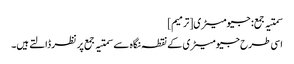
سمتیہ جمع: جیومیٹری[ترمیم]
اسی طرح جیومیٹری کے نقطہ نگاہ سے سمتیہ جمع پر نظر ڈالتے ہیں۔